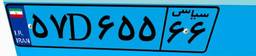
۵۷D۶۵۵۶۶